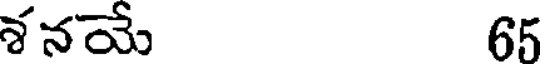
శనయే 65